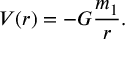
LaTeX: V ( r ) = - G { \frac { m _ { 1 } } { r } } .